Medical and sanitary report of the native army of Bengal for the year
Year: 1878
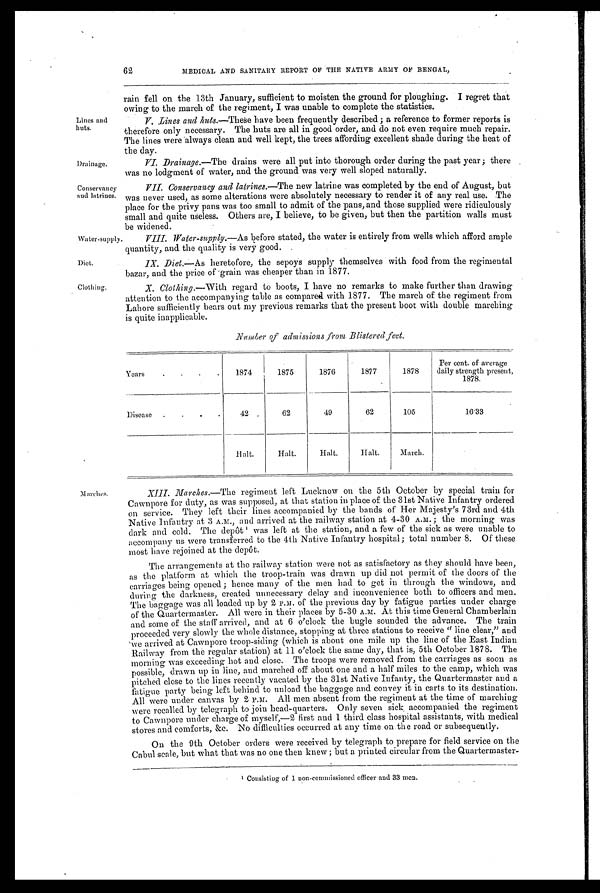
62
MEDICAL AND SANITARY REPORT OF THE 'NATIVE ARMY OF BENGAL,
Lines and
huts.
Drainage.
Conservancy
and latrines.
Water-supply
Diet.
Clothing.
rain fell on the 13th January, sufficient to moisten the ground for ploughing. I regret that
owing to the march of the regiment, I was unable to complete the statistics.
V. Lines and nuts.— These have been frequently described ; a reference to former reports is
therefore only necessary. The huts are all in good order, and do not even require much repair.
The lines were always clean and well kept, the trees affording excellent shade during the heat of
the day.
VI. Drainage. —The drains were all put into thorough order during the past year; there
was no lodgment of water, and the ground was very well sloped naturally.
VII. Conservancy and latrines. —The new latrine was completed by the end of August, but
was never used, as some alterations were absolutely necessary to render it of any real use. The
place for the privy pans was too small to admit of the pans, and those supplied were ridiculously
small and quite useless. Others are, I believe, to be given, but then the partition walls must
be widened.
VIII. Water-supply. —As before stated, the water is entirely from wells which afford ample
quantity, and the quality is very good.
IX. Diet. —As heretofore, the sepoys supply themselves with food from the regimental
bazar, and the price of grain was cheaper than in 1877.
X. Clothing. —With regard to boots, I have no remarks to make further than drawing
attention to the accompanying table as compared with 1877. The march of the regiment from
Lahore sufficiently bears out my previous remarks that the present boot with double marching
is quite inapplicable.
Number of admissions from Blistered feet.
Years
.
.
.
.
1874
1875
1876
1877
1878
Per cent. of average
daily strength present,
1878.
Disease .
.
.
.
42
62
49
62
105
16.33
Halt.
Halt.
Halt.
Halt.
March.
Marches.
XIII. Marches.—The regiment left Lucknow on the 5th October by special train for
Cawupore for duty, as was supposed, at that station in place of the 31st Native Infantry ordered
on service. They left their lines accompanied by the bands of Her Majesty's 73rd and 4th
Native Infantry at 3 A.M., and arrived at the railway station at 4-30 A.M. ; the morning was
dark and cold. The depôt 1 was left at the station, and a few of the sick as were unable to
accompany us were transferred to the 4th Native Infantry hospital; total number 8. Of these
most have rejoined at the depôt.
The arrangements at the railway station were not as satisfactory as they should have been,
as the platform at which the troop-train was drawn up did not permit of the doors of the
carriages being opened ; hence many of the men had to get in through the windows, and
during the darkness, created unnecessary delay and inconvenience both to officers and men.
The baggage was all loaded up by 2 P.M. of the previous day by fatigue parties under charge
of the Quartermaster. All were in their places by 5-30 A.M. At this time General Chamberlain
and some of the staff arrived, and at 6 o'clock the bugle sounded the advance. The train
proceeded very slowly the whole distance, stopping at three stations to receive " line clear," and
we arrived at Cawnpore troop-siding (which is about one mile up the line of the East Indian
Railway from the regular station) at 11 o'clock the same day, that is, 5th October 1878. The
morning was exceeding hot and close. The troops were removed from the carriages as soon as
possible, drawn up in line, and marched off about one and a half miles to the camp, which was
pitched close to the lines recently vacated by the 31st Native Infanty, the Quartermaster and a
fatigue party being left behind to unload the baggage and convey it in carts to its destination.
All were under canvas by 2 P.M. All men absent from the regiment at the time of marching
were recalled by telegraph to join head-quarters. Only seven sick, accompanied the regiment
to Cawnpore under charge of myself,—2 first and 1 third class hospital assistants, with medical
stores and comforts, &c. No difficulties occurred at any time on. the road or subsequently.
On the 9th October orders were received by telegraph to prepare for field service on the
Cabul scale, but what that was no one then knew ; but a printed circular from the Quartermaster
-
1
C o n s i s t i n g o f 1 n o n - c o m m i s s i o n e d o f f i c e r a n d 3 3 m e n .